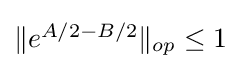
{\textstyle \|e^{A/2-B/2}\|_{op}\leq 1}